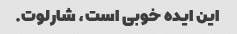
این ایده خوبی است، شارلوت.